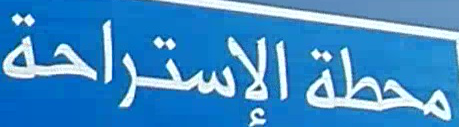
مَحْطَة الإِ